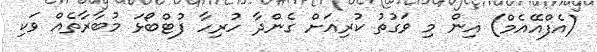
(އެފްއޭއެމް) އިން މި ވަގުތު ކުރިއަށް ގެންދާ ހުރިހާ ފުޓްބޯޅަ މުބާރާތެއް ވަކި